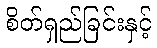
စိတ်ရှည်ခြင်းနှင့်